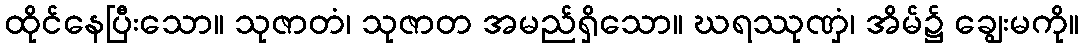
ထိုင်နေပြီးသော။ သုဇာတံ၊ သုဇာတ အမည်ရှိသော။ ဃရဿုဏှံ၊ အိမ်၌ ချွေးမကို။